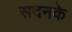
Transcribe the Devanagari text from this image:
सदनके